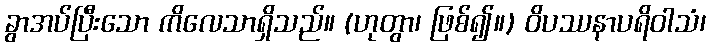
ခွာအပ်ပြီးသော ကိလေသာရှိသည်။ (ဟုတွာ၊ ဖြစ်၍။) ဝိပဿနာပရိဝါသံ၊